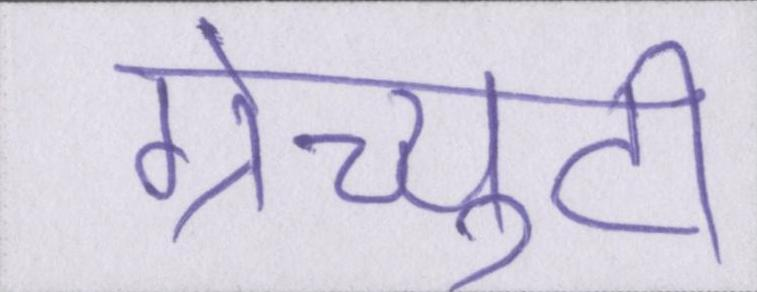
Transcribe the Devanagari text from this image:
ग्रेच्युटी